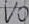
Text: VO